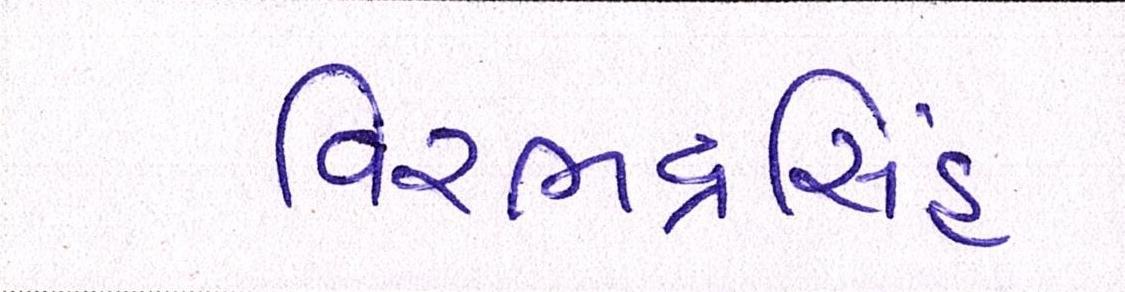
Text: વિરભદ્રસિંહ